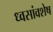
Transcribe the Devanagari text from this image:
ध्वसांवशेष